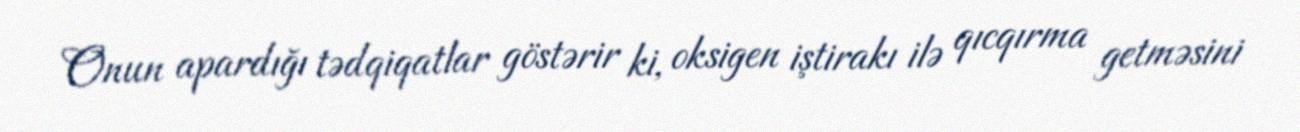
Onun apardığı tədqiqatlar göstərir ki, oksigen iştirakı ilə qıcqırma getməsini